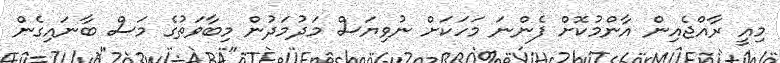
މިއީ ރާއްޖެއިން އާންމުކޮށް ފެންނަ މަހަކަށް ނުވިޔަސް މަދުމަދުން މިބާވަތުގެ މަސް ބާނައިގެން